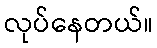
လုပ်နေတယ်။